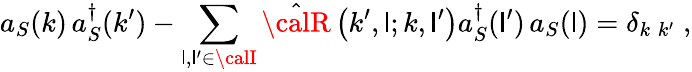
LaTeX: a_{S}(k)\, a_{S}^{\dagger}(k^{\prime})-\sum_{\mathsf{l},\mathsf{l}^{\prime}\in{\calI}}{\hat{{\calR}}}\left(k^{\prime},\mathsf{l};k,\mathsf{l}^{\prime}\right)a_{S}^{\dagger}(\mathsf{l}^{\prime})\, a_{S}(\mathsf{l})=\delta_{k\; k^{\prime}}\; ,